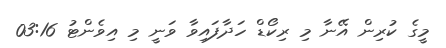
މީގެ ކުރިން އޭނާ މި ރިކޯޑް ހަދާފައިވާ ވަނީ މި އިވެންޓު 03:16